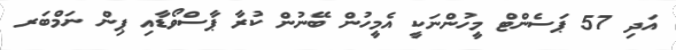
އަދި 57 ޕަސެންޓް މީހުންނަކީ އެމީހުން ބޭނުން ކުރާ ޕާސްވޯޑާއި ޕިން ނަމްބަރ